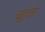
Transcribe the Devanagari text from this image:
च्हता